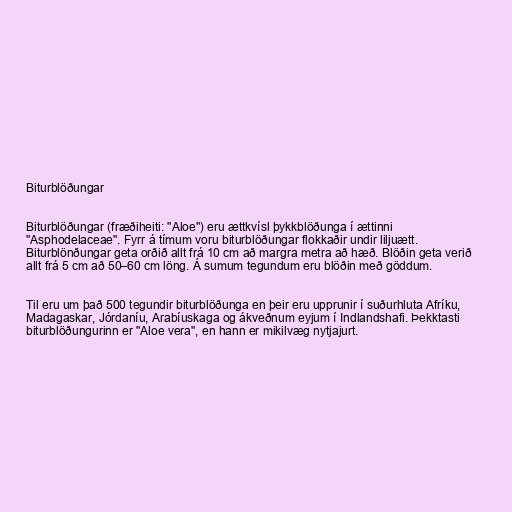
Biturblöðungar

Biturblöðungar (fræðiheiti: "Aloe") eru ættkvísl þykkblöðunga í ættinni
"Asphodelaceae". Fyrr á tímum voru biturblöðungar flokkaðir undir liljuætt.
Biturblönðungar geta orðið allt frá 10 cm að margra metra að hæð. Blöðin geta verið
allt frá 5 cm að 50–60 cm löng. Á sumum tegundum eru blöðin með göddum.

Til eru um það 500 tegundir biturblöðunga en þeir eru upprunir í suðurhluta Afríku,
Madagaskar, Jórdaníu, Arabíuskaga og ákveðnum eyjum í Indlandshafi. Þekktasti
biturblöðungurinn er "Aloe vera", en hann er mikilvæg nytjajurt.